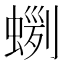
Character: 𧍼